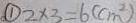
\textcircled { 1 } 2 \times 3 = 6 ( c m ^ { 2 } )